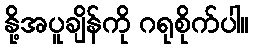
နို့အပူချိန်ကို ဂရုစိုက်ပါ။